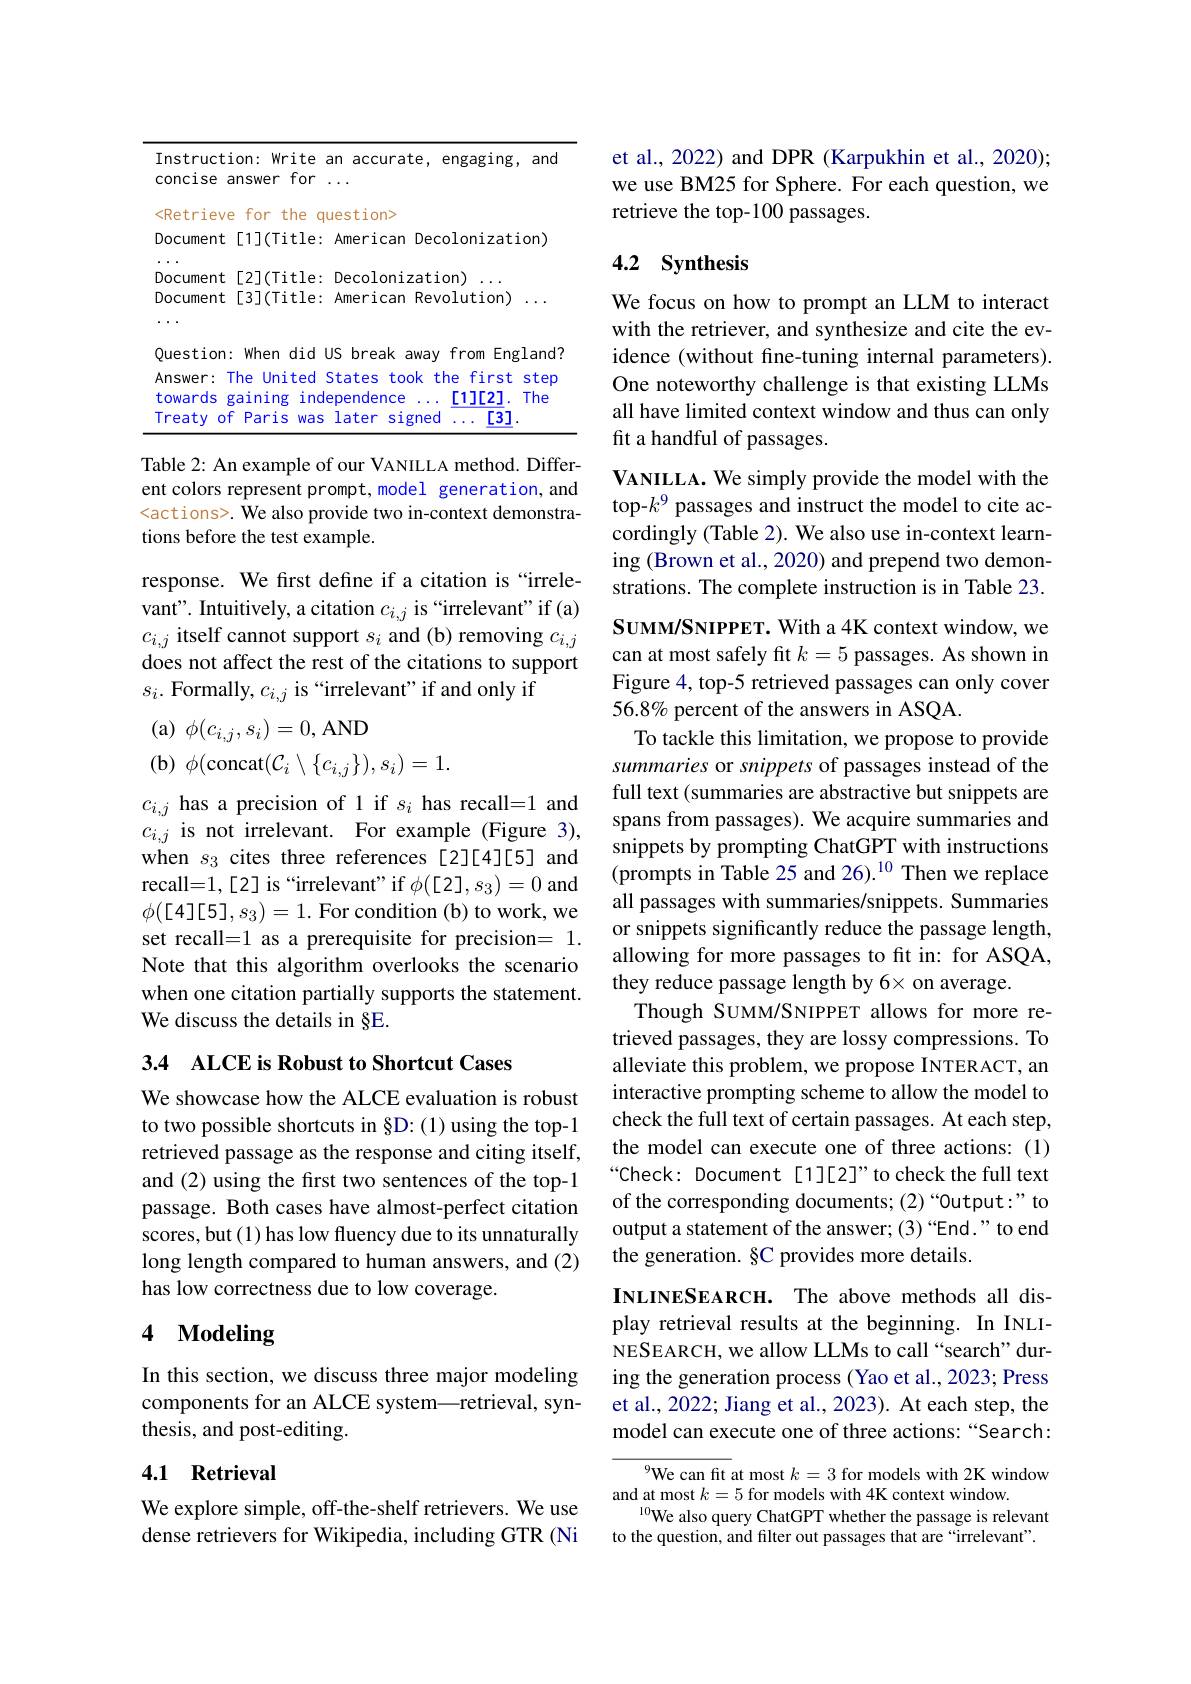
<table>
	<tbody>
		<tr>
			<td>Instruction: Write</td>
			<td>engaging, and accurate,</td>
		</tr>
		<tr>
			<td>Instruction: Write concise answer for</td>
			<td>accurate, engaging, and</td>
		</tr>
		<tr>
			<td><Retrieve for the</td>
			<td>stion></td>
		</tr>
		<tr>
			<td>Document [1](Title</td>
			<td>merican Decolonization)</td>
		</tr>
		<tr>
			<td>[2](Title Document</td>
			<td>ecolonization)</td>
		</tr>
		<tr>
			<td>Document [3](Title</td>
			<td>merican Revolution)</td>
		</tr>
		<tr>
			<td>Question: When did</td>
			<td>break away from England3 </td>
		</tr>
		<tr>
			<td>Answer: T The United</td>
			<td>ates took the first step</td>
		</tr>
		<tr>
			<td>towards gaining inc</td>
			<td>endence The [1][2].</td>
		</tr>
		<tr>
			<td>Treaty $Of$ Paris Was</td>
			<td>[3] ater signed</td>
		</tr>
	</tbody>
</table>

Table 2: An example of our VANILLA method. Different colors represent prompt,model generation, and <actions>. We also provide two in-context demonstrations before the test example.

response. We first define if a citation is “irrelevant". Intuitively, a citation $c_{i,j}$ is “irrelevant" if (a) $c_{i,j}$ itself cannot support $s_i$ and (b) removing $c_i,j$ does not affect the rest of the citations to support $s_i.$ Formally, $c_i,j$ is “irrelevant" if and only if

(a)$\phi(c_{i,j},s_i)=0$,AND

(b) $\phi($concat$(\mathcal{C}_i\setminus\{c_{i,j}\}),s_i)=1.$

$c_{i,j}$ has a precision of 1 if $s_i$ has recall=1 and $c_{i,j}$ is not irrelevant. For example (Figure 3), when $s_3$ cites three references[2][4][5] and recall=1,[2] is “irrelevant" if $\phi([2],s_3)=0$ and $\phi([4][5],s_{3})=1.$For condition (b) to work, we set recall=1 as a prerequisite for precision= 1. Note that this algorithm overlooks the scenario when one citation partially supports the statement. We discuss the details in §E.

3.4 ALCE is Robust to Shortcut Cases

We showcase how the ALCE evaluation is robust to two possible shortcuts in §D:(1) using the top-1 retrieved passage as the response and citing itself, and (2) using the first two sentences of the top-1 passage. Both cases have almost-perfect citation scores, but (1) has low fluency due to its unnaturally long length compared to human answers, and (2) has low correctness due to low coverage.

# 4 Modeling

In this section, we discuss three major modeling components for an ALCE system—retrieval, synthesis, and post-editing.

### 4.1 Retrieval

We explore simple, off-the-shelf retrievers. We use dense retrievers for Wikipedia, including GTR (Ni

et al., 2022) and DPR (Karpukhin et al., 2020); we use BM25 for Sphere. For each question, we retrieve the top-100 passages.

## 4.2 Synthesis

We focus on how to prompt an LLM to interact with the retriever, and synthesize and cite the evidence (without fine-tuning internal parameters). One noteworthy challenge is that existing LLMs all have limited context window and thus can only fit a handful of passages.
VANILLA. We simply provide the model with the top-$k^9$ passages and instruct the model to cite accordingly (Table 2). We also use in-context learning (Brown et al., 2020) and prepend two demonstrations. The complete instruction is in Table 23. Suмм/SNIPPET. With a 4K context window, we can at most safely fit $k=5$ passages. As shown in Figure 4, top-5 retrieved passages can only cover 56.8% percent of the answers in ASQA.
To tackle this limitation, we propose to provide summaries or snippets of passages instead of the full text (summaries are abstractive but snippets are spans from passages). We acquire summaries and snippets by prompting ChatGPT with instructions (prompts in Table 25 and 26).$^{10}$ Then we replace all passages with summaries/snippets. Summaries or snippets significantly reduce the passage length, allowing for more passages to fit in: for ASQA, they reduce passage length by 6× on average.
Though SUMM/SNIPPET allows for more retrieved passages, they are lossy compressions. To alleviate this problem, we propose INTERACT, an interactive prompting scheme to allow the model to check the full text of certain passages. At each step, the model can execute one of three actions: (1) “Check: Document [1][2]”to check the full text of the corresponding documents; (2)“0utput:" to output a statement of the answer; (3)“End.” to end the generation. §C provides more details.
INLINESEARCH. The above methods all display retrieval results at the beginning. In INLINESEARCH, we allow LLMs to call“search” dur-

ing the generation process (Yao et al., 2023; Press et al., 2022; Jiang et al., 2023). At each step, the model can execute one of three actions: “Search:

$^{9}$We can fit at most $k=3$ for models with 2K window
and at most $k=5$ for models with 4K context window.
$^{10}$We also query ChatGPT whether the passage is relevant to the question, and filter out passages that are “irrelevant”.